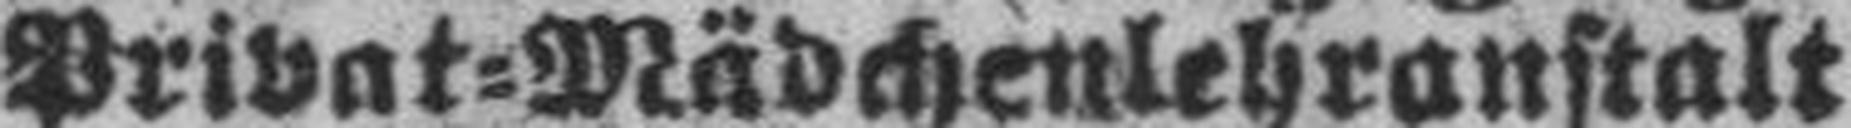
Privat=Mädchenlehranstalt